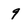
Character: 9